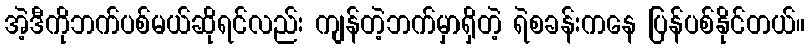
အဲ့ဒီကိုဘက်ပစ်မယ်ဆိုရင်လည်း ကျန်တဲ့ဘက်မှာရှိတဲ့ ရဲစခန်းကနေ ပြန်ပစ်နိုင်တယ်။